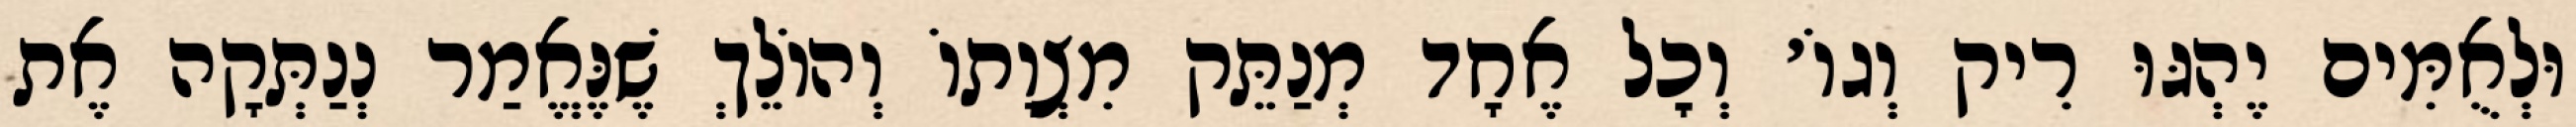
וּלְאֻמִּים יֶהְגּוּ רִיק וְגוֹ׳ וְכׇל אֶחָד מְנַתֵּק מִצְוָתוֹ וְהוֹלֵךְ שֶׁנֶּאֱמַר נְנַתְּקָה אֶת